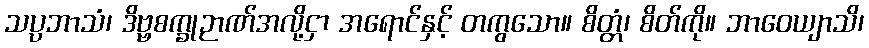
သပ္ပဘာသံ၊ ဒိဗ္ဗစက္ခုဉာဏ်အလို့ငှာ အရောင်နှင့် တကွသော။ စိတ္တံ၊ စိတ်ကို။ ဘာဝေယျာသိ၊